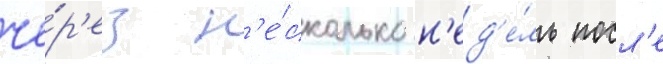
че́р'ез н'е́сколько н'ед'е́ль посл'е